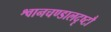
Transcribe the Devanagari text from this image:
श्वानचण्डालदृष्टौ